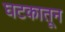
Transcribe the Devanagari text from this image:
घटकातून